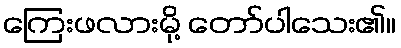
ကြေးဖလားမို့ တော်ပါသေး၏။